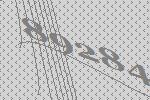
89284